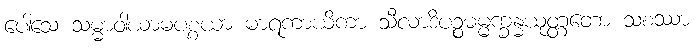
ပေါသေ သမ္မာဝါယာမပစ္စယာ မာရကာယိကာ သီလာဒိပဉ္စဓမ္မက္ခန္ဓယုတ္တတော သစဿာ